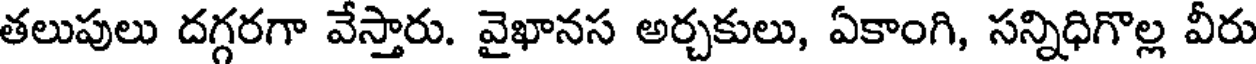
తలుపులు దగ్గరగా వేస్తారు. వైఖానస అర్చకులు, ఏకాంగి, సన్నిధిగొల్ల వీరు